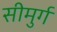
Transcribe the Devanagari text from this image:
सीमुर्ग